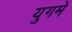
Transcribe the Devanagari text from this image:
युगमे